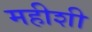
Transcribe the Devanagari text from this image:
महीशी